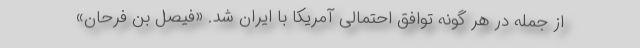
از جمله در هر گونه توافق احتمالی آمریکا با ایران شد. «فیصل بن فرحان»